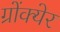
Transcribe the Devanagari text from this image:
ग्रोंक्येर